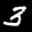
Label: 3